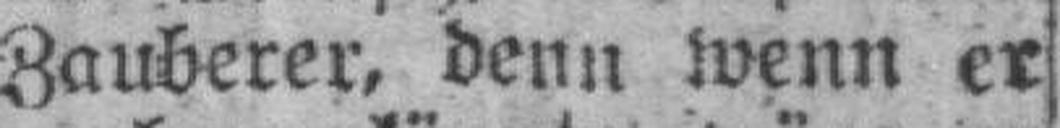
Zauberer, denn wenn er